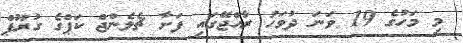
މި މަހުގެ 19 ވަނަ ދުވަހު ރާއްޖޭގައި ފަށާ ޗެލެންޖް ކަޕްގެ ގުރޫޕް